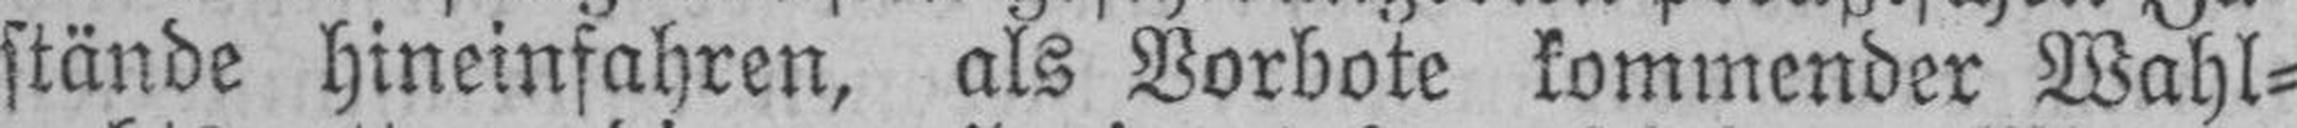
stände hineinfahren, als Vorbote kommender Wahl¬